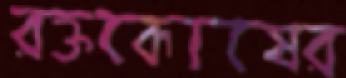
রক্তকোষের